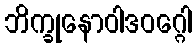
ဘိက္ခုနောဝါဒဝဂ္ဂေါ